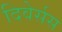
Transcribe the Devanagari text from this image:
दिवेर्सस